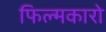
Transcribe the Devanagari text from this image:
फिल्मकारो